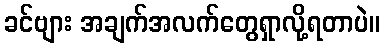
ခင်ဗျား အချက်အလက်တွေရှာလို့ရတာပဲ။